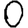
Digit: 0